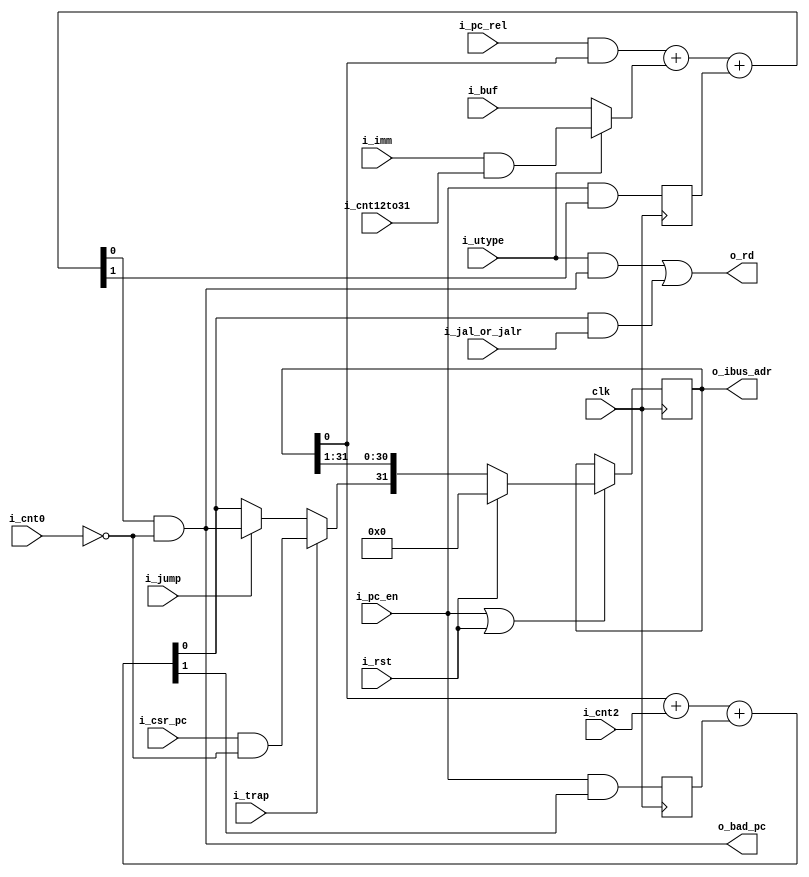
`default_nettype none
module serv_ctrl
  #(parameter RESET_STRATEGY = "MINI",
    parameter RESET_PC = 32'd0,
    parameter WITH_CSR = 1)
  (
   input wire 	     clk,
   input wire 	     i_rst,
   //State
   input wire 	     i_pc_en,
   input wire 	     i_cnt12to31,
   input wire 	     i_cnt0,
   input wire 	     i_cnt2,
   //Control
   input wire 	     i_jump,
   input wire 	     i_jal_or_jalr,
   input wire 	     i_utype,
   input wire 	     i_pc_rel,
   input wire 	     i_trap,
   //Data
   input wire 	     i_imm,
   input wire 	     i_buf,
   input wire 	     i_csr_pc,
   output wire 	     o_rd,
   output wire 	     o_bad_pc,
   //External
   output reg [31:0] o_ibus_adr);

   wire       pc_plus_4;
   wire       pc_plus_4_cy;
   reg 	      pc_plus_4_cy_r;
   wire       pc_plus_offset;
   wire       pc_plus_offset_cy;
   reg 	      pc_plus_offset_cy_r;
   wire       pc_plus_offset_aligned;
   wire       plus_4;

   wire       pc = o_ibus_adr[0];

   wire       new_pc;

   wire       offset_a;
   wire       offset_b;

   assign plus_4        = i_cnt2;

   assign o_bad_pc = pc_plus_offset_aligned;

   assign {pc_plus_4_cy,pc_plus_4} = pc+plus_4+pc_plus_4_cy_r;

   generate
      if (WITH_CSR)
	assign new_pc = i_trap ? (i_csr_pc & !i_cnt0) : i_jump ? pc_plus_offset_aligned : pc_plus_4;
      else
	assign new_pc = i_jump ? pc_plus_offset_aligned : pc_plus_4;
   endgenerate
   assign o_rd  = (i_utype & pc_plus_offset_aligned) | (pc_plus_4 & i_jal_or_jalr);

   assign offset_a = i_pc_rel & pc;
   assign offset_b = i_utype ? (i_imm & i_cnt12to31): i_buf;
   assign {pc_plus_offset_cy,pc_plus_offset} = offset_a+offset_b+pc_plus_offset_cy_r;

   assign pc_plus_offset_aligned = pc_plus_offset & !i_cnt0;

   initial if (RESET_STRATEGY == "NONE") o_ibus_adr = RESET_PC;

   always @(posedge clk) begin
      pc_plus_4_cy_r <= i_pc_en & pc_plus_4_cy;
      pc_plus_offset_cy_r <= i_pc_en & pc_plus_offset_cy;

      if (RESET_STRATEGY == "NONE") begin
	 if (i_pc_en)
	   o_ibus_adr <= {new_pc, o_ibus_adr[31:1]};
      end else begin
	 if (i_pc_en | i_rst)
	   o_ibus_adr <= i_rst ? RESET_PC : {new_pc, o_ibus_adr[31:1]};
      end
   end
endmodule